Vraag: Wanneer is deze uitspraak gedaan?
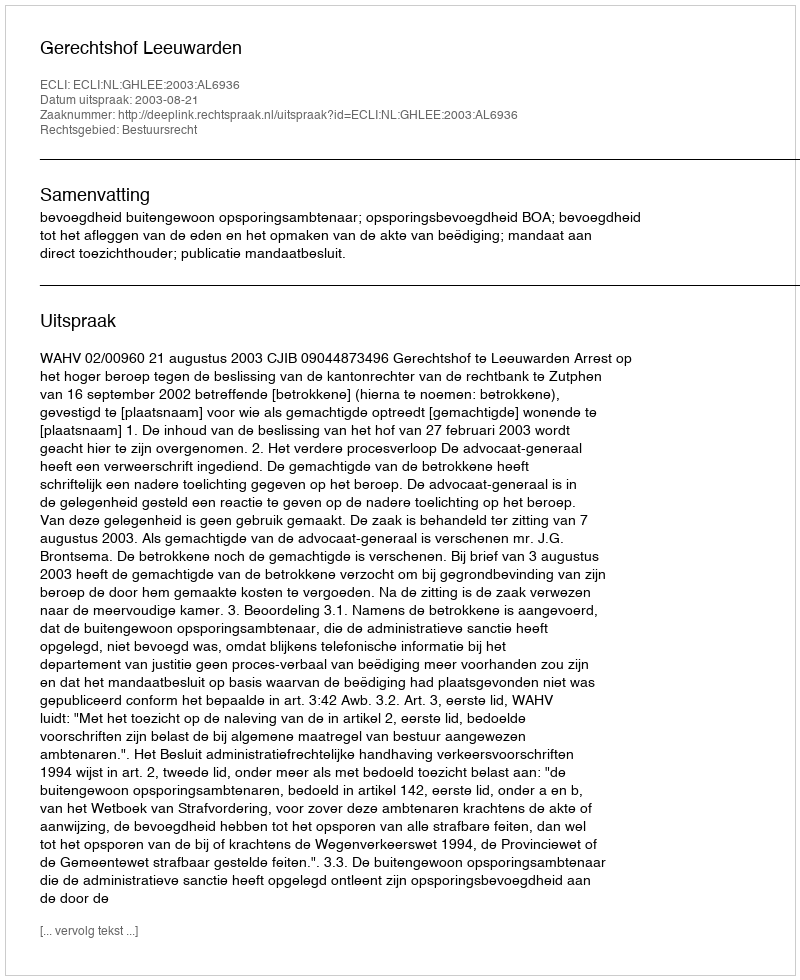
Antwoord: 2003-08-21